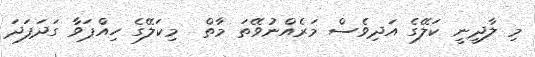
މި ލާދީނީ ކަލޭގެ އަދިވެސް މަރެއްނުވޭތަ މާތް  މިކަލޭގެ ހިއްޕަވާ ގަދަފަދަ